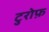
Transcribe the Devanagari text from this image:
टुरोफ़